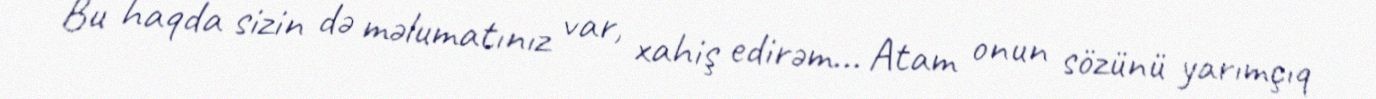
Bu haqda sizin də məlumatınız var, xahiş edirəm... Atam onun sözünü yarımçıq